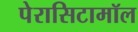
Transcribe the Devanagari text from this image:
पेरासिटामॉल